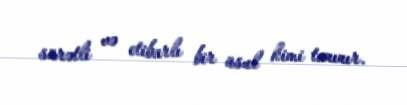
sürətli və etibarlı bir üsul kimi tanınır.